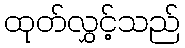
ထုတ်လွှင့်သည်